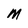
Character: M